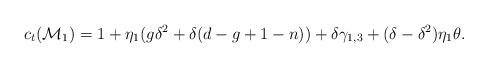
LaTeX: \begin{align*}c_t(\mathcal{M}_1)= 1+\eta_1(g\delta^2+\delta(d-g+1-n))+\delta \gamma_{1,3} + (\delta-\delta^2)\eta_1 \theta.\end{align*}